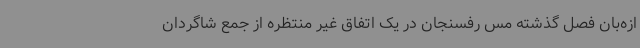
ازه‌بان فصل گذشته مس رفسنجان در یک اتفاق غیر منتظره از جمع شاگردان